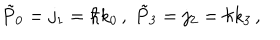
\tilde { P } _ { 0 } = j _ { 1 } = \hbar k _ { 0 } \, , \; \tilde { P } _ { 3 } = j _ { 2 } = \hbar k _ { 3 } \, , \;